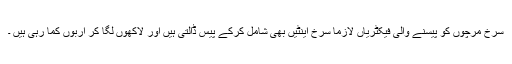
سرخ مرچوں کو پیسنے والی فیکٹریاں لازماً سرخ اینٹیں بھی شامل کرکے پیس ڈالتی ہیں اور لاکھوں لگا کر اربوں کما رہی ہیں ۔